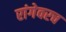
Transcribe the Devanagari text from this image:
रांगेवरच